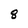
Character: 8